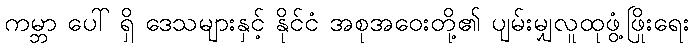
ကမ္ဘာ ပေါ် ရှိ ဒေသများနှင့် နိုင်ငံ အစုအဝေးတို့၏ ပျမ်းမျှလူထုဖွံ့ဖြိုးရေး